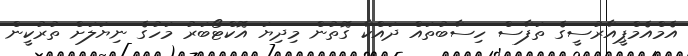
އެމްއެމްޕީއާރުސީގެ ތަފާސް ހިސާބުތައް ދައްކާ ގޮތުން މިދިޔަ އޮކްޓޯބަރު މަހުގެ ނިޔަލަށް ތުރުކީން